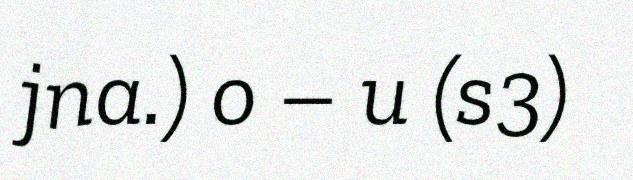
jna.) o – u (s3)